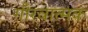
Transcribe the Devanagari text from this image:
गौरवात्मक